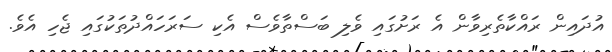
އުދައިން ރައްކާތެރިވާން އެ ރަށުގައި ވެލި ބަސްތާވެސް އެކި ސަރަހައްދުތަކުގައި ޖެހި އެވެ.